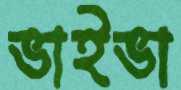
ভাইভা